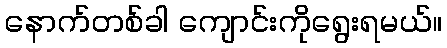
နောက်တစ်ခါ ကျောင်းကိုရွေးရမယ်။